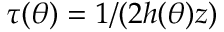
\tau ( \theta ) = 1 / ( 2 h ( \theta ) z )